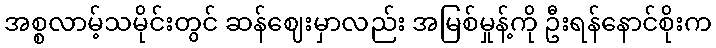
အစ္စလာမ့်သမိုင်းတွင် ဆန်ဈေးမှာလည်း အမြစ်မှုန့်ကို ဦးရန်နောင်စိုးက